King Institute of Preventive Medicine Micro-Biological Section reports 1912-19
Year: 1912
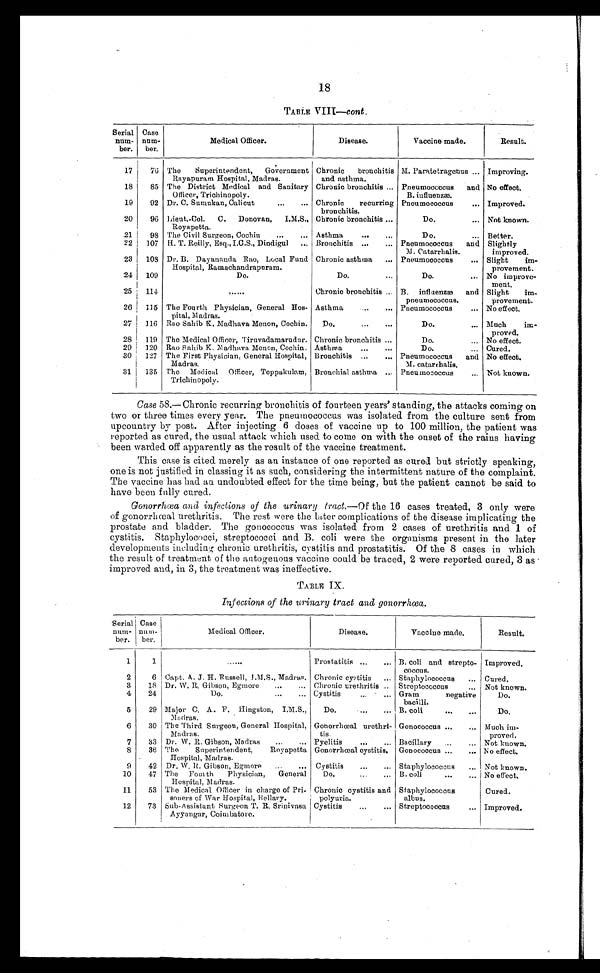
18
TABLE VIII—cont.
Serial
num-
ber.
Case
num-
ber.
Medical Officer.
Disease.
Vaccine made.
Result.
17
76 The Superintendent, Government
Rayapuram Hospital, Madras.
Chronic bronchitis
and asthma.
M. Paratetragenus . . . Improving.
18
85 The District Medical and Sanitary
Officer, Trichinopoly.
Chronic bronchitis . . . Pneumococcus an
d B. influenzæ.
No effect.
19
92 Dr. C. Sumukan, Calicut . . .
Chronic recurring
bronchitis.
Pneumococcus . . .
Improved.
20
96 Lieut.-Col. C. Donovan, I.M.S.,
Royapetta.
Chronic bronchitis . . .
Do. . . .
Not known.
21
98 The Civil Surgeon, Cochin . . .
Asthma . . .
Do. . . .
Better.
22
107 H. T. Reilly, Esq., I.C.S., Dindigul . . .
Bronchitis . . .
Pneumococcus and
M. Catarrhalis.
Slightly
improved.
23
108 Dr. B. Dayananda Rao, Local Fund
Hospital, Ramachandrapuram.
Chronic asthma . . .
Pneumococcus . . .
Slight im
-provement.
24
109
Do.
D o . . . .
Do. . . .
No improve
-ment.
25
114
. . .
Chronic bronchitis . . . B. influenzæ and
pneumococcus.
Slight im
-provement.
26
115 The Fourth Physician, General Hos-
pital, Madras.
Asthma . . .
Pneumococcus . . .
No effect.
27
116 Rao Sahib K. Madhava Menon, Cochin.
Do. . . .
Do. . . .
Much im
-proved.
28
119 The Medical Officer, Tiruvadamarudur. Chronic bronchitis . . .
Do. . . .
No effect.
29
120 Rao Sahib K. Madhava Menon, Cochin. Asthma . . .
Do. . . . Cured.
30
127 The First Physician, General Hospital,
Madras.
Bronchitis . . .
Pneumococcus and
M. catarrhalis.
No effect.
31
135 The Medical Officer, Teppakulam,
Trichinopoly.
Bronchial asthma . . .
Pneumococcus . . .
Not known.
Case 58.—Chronic recurring bronchitis of fourteen years' standing, the attacks coming on
two or three times every year. The pneumococcus was isolated from the culture sent from
upcountry by post. After injecting 6 doses of vaccine up to 100 million, the patient was
reported as cured, the usual attack which used to come on with the onset of the rains having
been warded off apparently as the result of the vaccine treatment.
This case is cited merely as an instance of one reported as cured but strictly speaking,
one is not justified in classing it as such, considering the intermittent nature of the complaint.
The vaccine has had an undoubted effect for the time being, but the patient cannot be said to
have been fully cured.
Gonorrhœa and infections of the urinary tract .—Of the 16 cases treated, 3 only were
of gonorrhœal urethritis. The rest were the later complications of the disease implicating the
prostate and bladder. The gonococcus was isolated from 2 cases of urethritis and 1 of
cystitis. Staphylococci, streptococci and B. coli were the organisms present in the later
developments including chronic urethritis, cystitis and prostatitis. Of the 8 cases in which
the result of treatment of the autogenous vaccine could be traced, 2 were reported cured, 3 as
improved and, in 3, the treatment was ineffective.
TABLE IX.
Infections of the urinary tract and gonorrhœa.
Serial
num-
ber.
Case
num-
ber.
Medical Officer.
Disease.
Vaccine made.
Result.
1
1
. . .
Prostatitis . . .
B. coli and strepto
-coccus.
Improved.
2
6 Capt. A. J. H. Russell, I.M.S., Madras. Chronic cystitis . . .
Staphylococcus . . .
Cured.
3
18 Dr. W. R. Gibson, Egmore . . .
Chronic urethritis . . . Streptococcus . . .
Not known.
4
24
Do. . . .
Cystitis . . .
Gram negative
bacilli.
Do.
5
29 Major C. A. F. Hingston, I.M.S.,
Madras.
Do. . . . B. coli . . .
Do.
6
30 The Third Surgeon, General Hospital,
Madras.
Gonorrhœal urethri-
tis.
Gonococcus . . .
Much im
-proved.
7
33 Dr. W. R. Gibson, Madras . . .
Pyelitis . . .
Bacillary . . .
Not known.
8
36 The Superintendent, Royapetta
Hospital, Madras.
Gonorrhœal cystitis.
Gonococcus . . .
No effect.
9
42 Dr. W. R. Gibson, Egmore . . .
Cystitis . . .
Staphylococcus . . .
Not known.
10
47 The Fourth Physician, General
Hospital, Madras.
Do. . . . B. coli . . .
No effect.
11
53 The Medical Officer in charge of Pri
-soners of War Hospital, Bellary.
Chronic cystitis and
polyuria.
Staphylococcus
albus.
Cured.
12
73 Sub-Assistant Surgeon T. R. Srinivasa Cystitis . . .
Streptococcus . . .
Improved.
Ayyangar, Coimbatore.